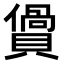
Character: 𧷴